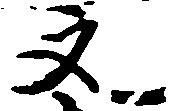
文